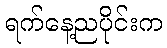
ရက်နေ့ညပိုင်းက